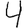
Digit: 4